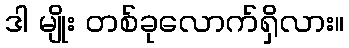
ဒါ မျိုး တစ်ခုလောက်ရှိလား။